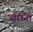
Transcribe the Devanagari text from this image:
संरच्ना